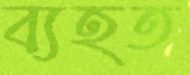
ব্যহত